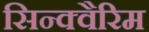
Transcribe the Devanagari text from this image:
सिन्क्वैरिम